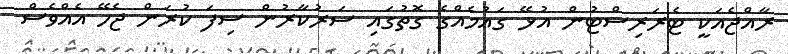
ރާއްޖެއަކީ ޓެރަރިސްޓުން އުޅޭ ގައުމެއްގެ ގޮތުގައި ސަރުކާރުން ސިފަ ކުރަން ޖެހޭ އެއްވެސް